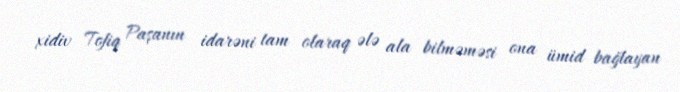
xidiv Tofiq Paşanın idarəni tam olaraq ələ ala bilməməsi ona ümid bağlayan